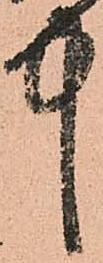
中